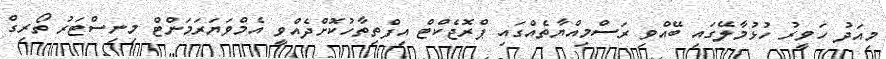
މިއަދު ހަވީރު ހުޅުމާލޭގައި ބޭއްވި ރަސްމިއްޔާތެއްގައި ޕްރޮޖެކްޓް އިފްތިތާހުކޮށްދެއްވީ އެމްވަޔަރަމަންޓް މިނިސްޓަރު ތޯރިގް